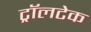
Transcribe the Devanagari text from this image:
ट्रॉलटेक